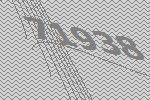
71938